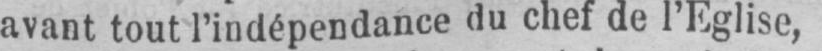
avant tout l’indépendance du chef de l’Eglise,